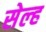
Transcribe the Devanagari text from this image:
सेल्‍ह